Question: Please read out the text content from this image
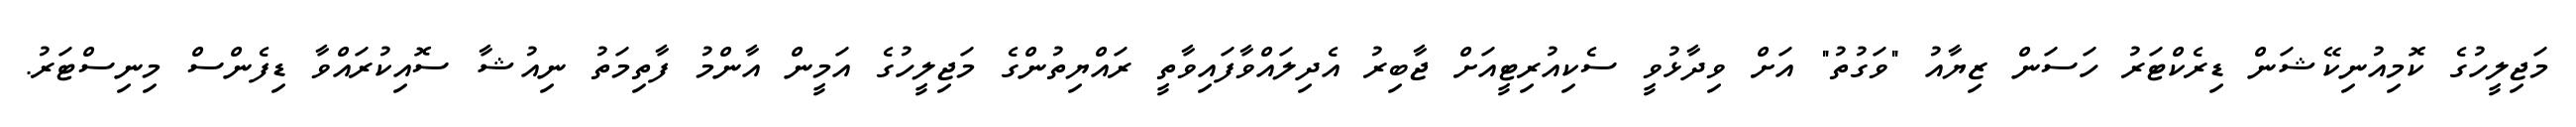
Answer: މަޖިލީހުގެ ކޮމިއުނިކޭޝަން ޑިރެކްޓަރު ހަސަން ޒިޔާއު "ވަގުތު" އަށް ވިދާޅުވީ ސެކިއުރިޓީއަށް ޖާބިރު އެދިލައްވާފައިވާތީ ރައްޔިތުންގެ މަޖިލީހުގެ އަމީން އާންމު ފާތިމަތު ނިއުޝާ ސޮއިކުރައްވާ ޑިފެންސް މިނިސްޓަރު.